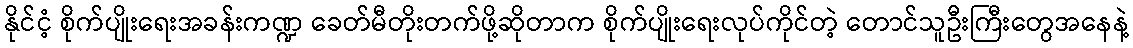
နိုင်ငံ့ စိုက်ပျိုးရေးအခန်းကဏ္ဍ ခေတ်မီတိုးတက်ဖို့ဆိုတာက စိုက်ပျိုးရေးလုပ်ကိုင်တဲ့ တောင်သူဦးကြီးတွေအနေနဲ့